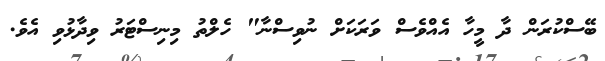
ބޭސްކުރަން ދާ މީހާ އެއްވެސް ވަރަކަށް ނުވިސްނާ" ހެލްތު މިނިސްޓަރު ވިދާޅުވި އެވެ.